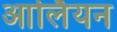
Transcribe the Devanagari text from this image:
आर्लियन